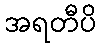
အရတီပိ